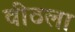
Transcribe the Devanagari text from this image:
वीठला